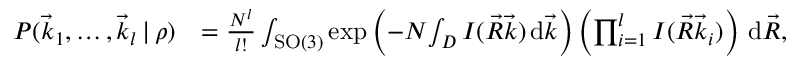
\begin{array} { r l } { P ( \vec { k } _ { 1 } , \dots , \vec { k } _ { l } \, | \, \rho ) } & { = \frac { N ^ { l } } { l ! } \int _ { \mathrm { S O } ( 3 ) } \exp \left( - N \! \int _ { D } I ( \vec { R } \vec { k } ) \, \mathrm d \vec { k } \right) \left( \prod _ { i = 1 } ^ { l } I ( \vec { R } \vec { k } _ { i } ) \right) \, \mathrm d \vec { R } , } \end{array}